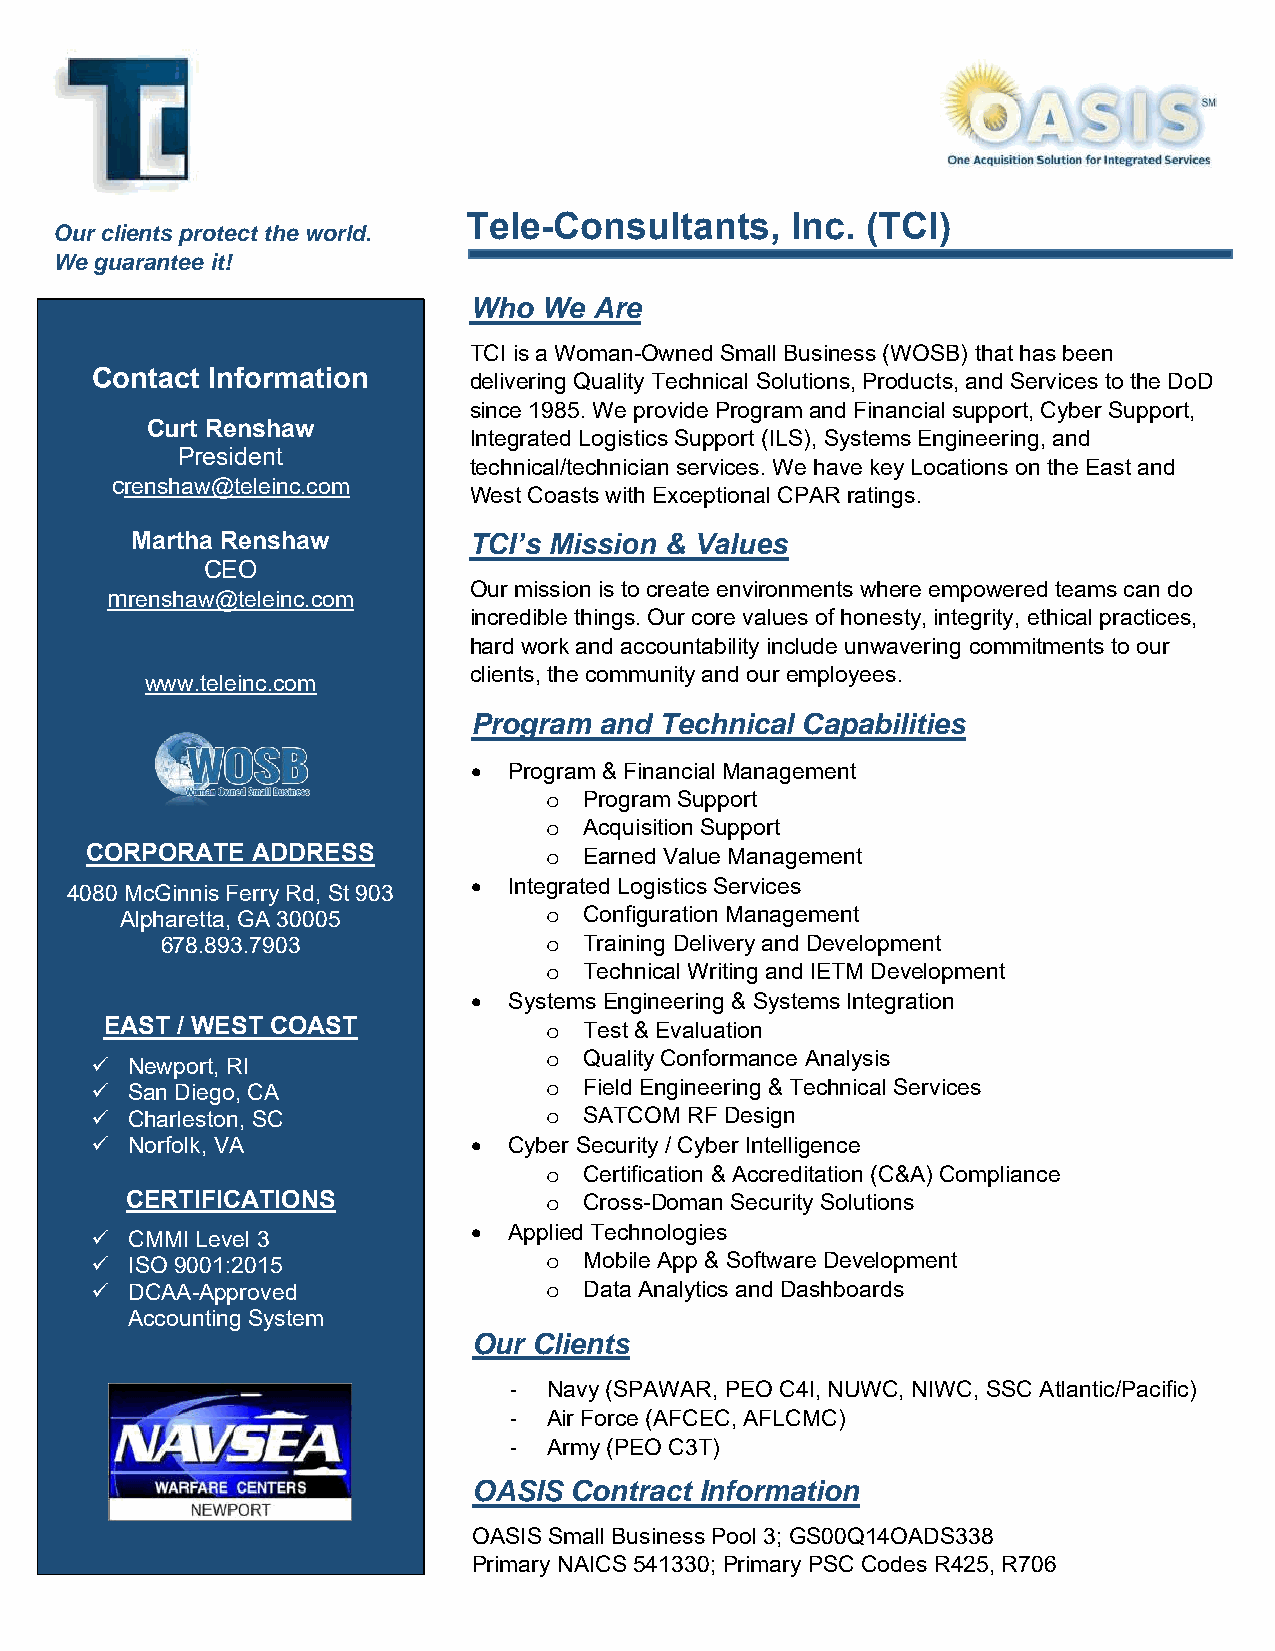
Tele-Consultants,    Inc. (TCI)
 Our clients protect the world.
 We guarantee it!
 Who  We Are
 TCI is a Woman-Owned Small Business (WOSB) that has been
 Contact Information      delivering Quality Technical Solutions, Products, and Services to the DoD
 since 1985. We provide Program and Financial support, Cyber Support,
 Curt Renshaw
 Integrated Logistics Support (ILS), Systems Engineering, and
 President
 technical/technician services. We have key Locations on the East and
 crenshaw@teleinc.com
 West Coasts with Exceptional CPAR ratings.
 Martha Renshaw        TCI’s Mission & Values
 CEO
 Our mission is to create environments where empowered teams can do
 mrenshaw@teleinc.com
 incredible things. Our core values of honesty, integrity, ethical practices,
 hard work and accountability include unwavering commitments to our
 clients, the community and our employees.
 www.teleinc.com
 Program  and Technical Capabilities
 •  Program & Financial Management
 o  Program Support
 o  Acquisition Support
 CORPORATE  ADDRESS            o  Earned Value Management
 •  Integrated Logistics Services
 4080 McGinnis Ferry Rd, St 903
 Alpharetta, GA 30005        o  Configuration Management
 678.893.7903             o  Training Delivery and Development
 o  Technical Writing and IETM Development
 •  Systems Engineering & Systems Integration
 EAST / WEST COAST            o  Test & Evaluation
 ✓ Newport, RI                 o  Quality Conformance Analysis
 ✓ San Diego, CA               o  Field Engineering & Technical Services
 ✓ Charleston, SC              o  SATCOM RF Design
 ✓ Norfolk, VA            •  Cyber Security / Cyber Intelligence
 o  Certification & Accreditation (C&A) Compliance
 CERTIFICATIONS              o  Cross-Doman Security Solutions
 ✓ CMMI Level 3           •  Applied Technologies
 ✓ ISO 9001:2015               o  Mobile App & Software Development
 ✓ DCAA-Approved               o  Data Analytics and Dashboards
 Accounting System
 Our Clients
 - Navy (SPAWAR, PEO C4I, NUWC, NIWC, SSC Atlantic/Pacific)
 - Air Force (AFCEC, AFLCMC)
 - Army (PEO C3T)
 OASIS  Contract Information
 OASIS Small Business Pool 3; GS00Q14OADS338
 Primary NAICS 541330; Primary PSC Codes R425, R706